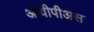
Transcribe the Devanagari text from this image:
आयीपीअस